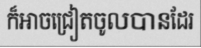
ក៏អាចជ្រៀតចូលបានដែរ